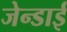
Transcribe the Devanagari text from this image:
जेन्‍डाई